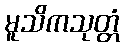
မူသိကသုတ္တံ